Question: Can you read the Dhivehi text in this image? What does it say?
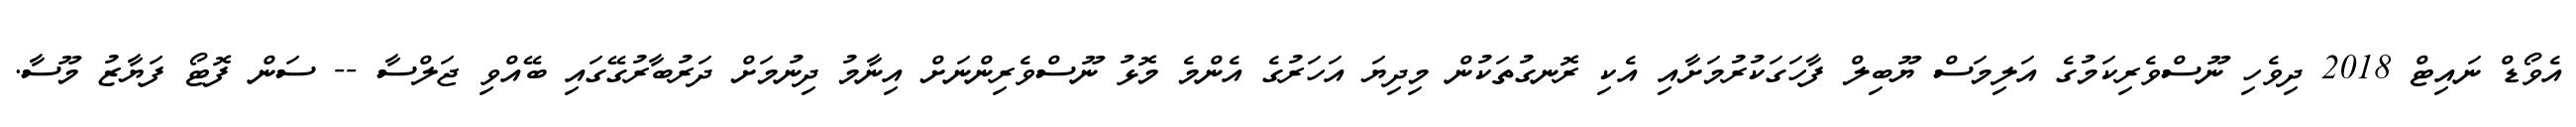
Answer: އެވޯޑް ނައިޓް 2018 ދިވެހި ނޫސްވެރިކަމުގެ އަލިމަސް ޔޫބިލް ފާހަގަކުރުމަށާއި އެކި ރޮނގުތަކުން މިދިޔަ އަހަރުގެ އެންމެ މޮޅު ނޫސްވެރިންނަށް އިނާމު ދިނުމަށް ދަރުބާރުގޭގައި ބޭއްވި ޖަލްސާ -- ސަން ފޮޓޯ ފަޔާޒު މޫސާ.